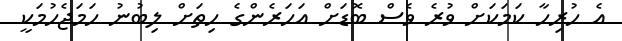
އެ ހުރިހާ ކަމަކަށް ވުރެ ވެސް ބޮޑަށް އަހަރެންގެ ހިތަށް ލިބުނު ހަމަޖެހުމަކީ